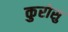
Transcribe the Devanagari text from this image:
कुरोसु